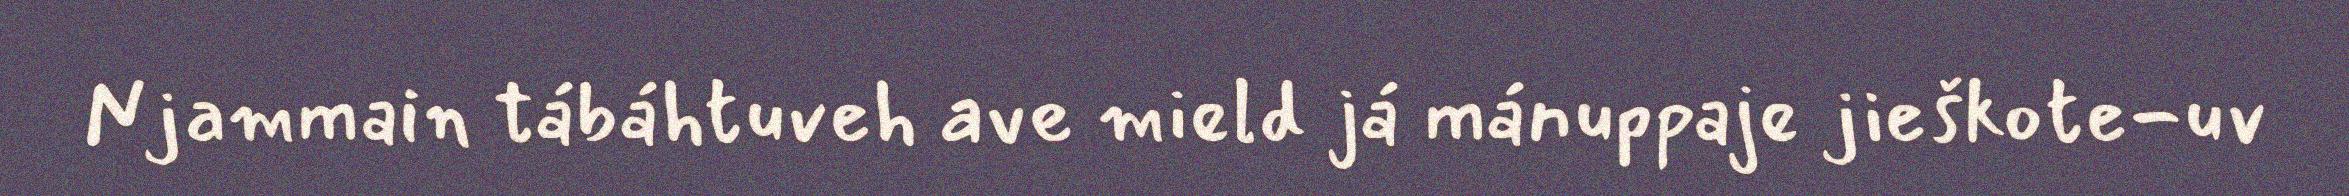
Njammain tábáhtuveh ave mield já mánuppaje jieškote-uv